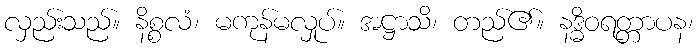
လှည်းသည်။ နိစ္စလံ၊ မကုန်မလှုပ်။ အဋ္ဌာသိ၊ တည်၏။ နဒ္ဓိဝရတ္တာပန၊